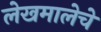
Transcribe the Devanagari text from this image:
लेखमालेचे